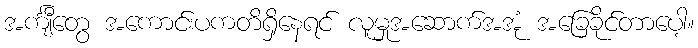
အင်္ကျီတွေ အကောင်းပကတိရှိနေရင် လူမှုအဆောက်အအုံ အခြေခိုင်တာပေါ့။